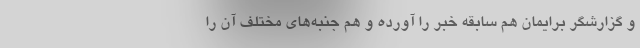
و گزارشگر برایمان هم سابقه خبر را آورده و هم جنبه‌های مختلف آن را